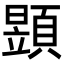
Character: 𩔐